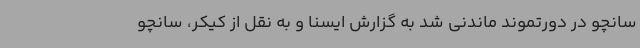
سانچو در دورتموند ماندنی شد به گزارش ایسنا و به نقل از کیکر، سانچو